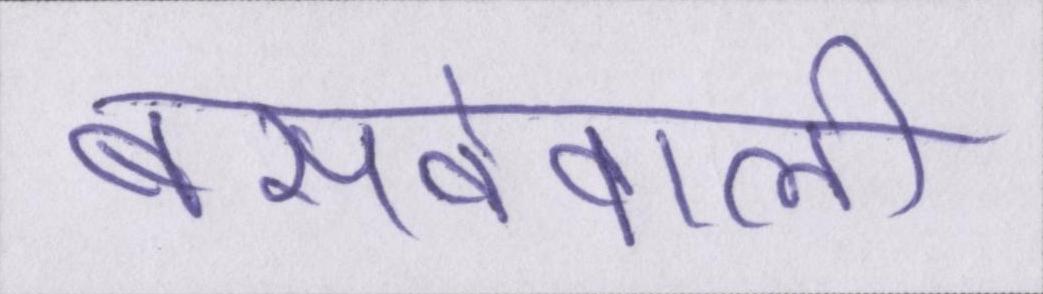
बसनेवाली